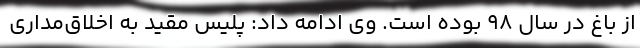
از باغ در سال ۹۸ بوده است. وی ادامه داد: پلیس مقید به اخلاق‌مداری